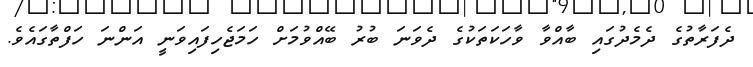
ދެފަރާތުގެ ދެމެދުގައި ބާއްވާ ވާހަކަތަކުގެ ދެވަނަ ބުރު ބޭއްވުމަށް ހަމަޖެހިފައިވަނީ އަންނަ ހަފްތާގައެވެ.